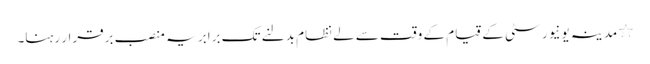
٭ مدینہ یونیورسٹی کے قیام کے وقت سے لے نظام بدلنے تک برابر یہ منصب برقرار رہنا۔